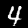
Label: 4